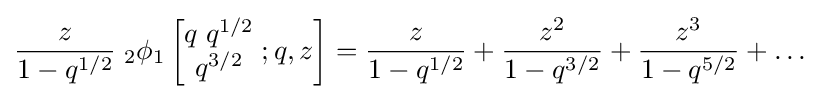
{\frac {z}{1-q^{1/2}}}\;_{2}\phi _{1}\left[{\begin{matrix}q\;q^{1/2}\\q^{3/2}\end{matrix}}\;;q,z\right]={\frac {z}{1-q^{1/2}}}+{\frac {z^{2}}{1-q^{3/2}}}+{\frac {z^{3}}{1-q^{5/2}}}+\ldots